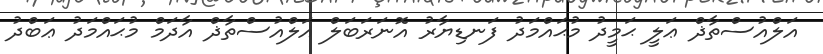
އަލްއުސްތާޛް ޢަލީ ޙަމީދު މުޙައްމަދު ފަނޑިޔާރު އޮނަރަބަލް އަލްއުސްތާޛް އާދަމް މުޙައްމަދު ޢަބްދު